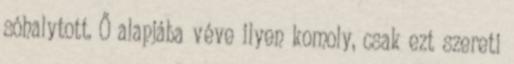
sóhalytott. Ő alapjába véve ilyen komoly, csak ezt szereti